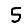
Digit: 5